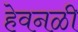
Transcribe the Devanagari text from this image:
हेवनळी